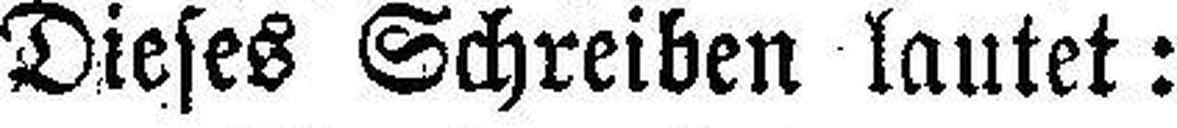
Dieses Schreiben lautet: